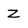
Character: Z